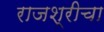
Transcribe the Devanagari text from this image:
राजश्रीचा